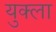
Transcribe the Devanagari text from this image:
युक्ला